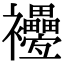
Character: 𧟕